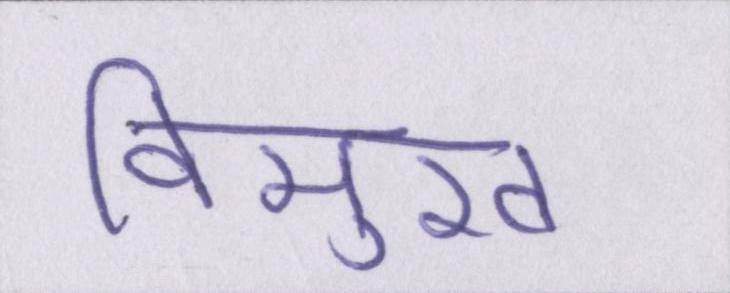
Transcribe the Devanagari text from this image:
विमुख